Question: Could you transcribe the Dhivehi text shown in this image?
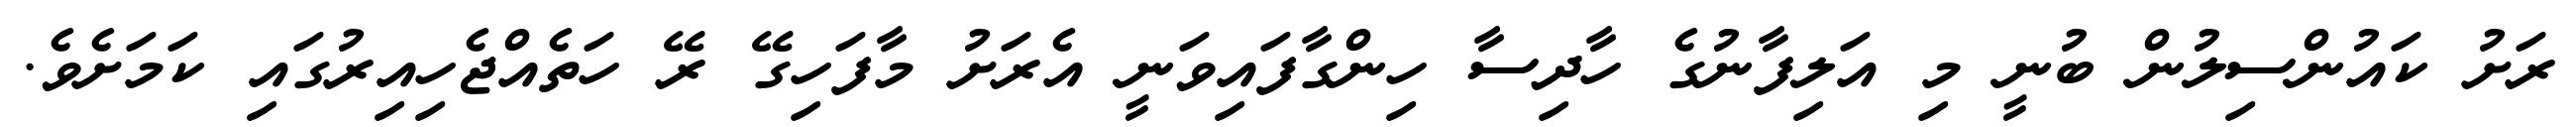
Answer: ރަށު ކައުންސިލުން ބުނީ މި އަލިފާނުގެ ހާދިސާ ހިންގާފައިވަނީ އެރަށު މާފަހިގޭ ރޭ ހަތެއްޖެހިއިރުގައި ކަމަށެވެ.